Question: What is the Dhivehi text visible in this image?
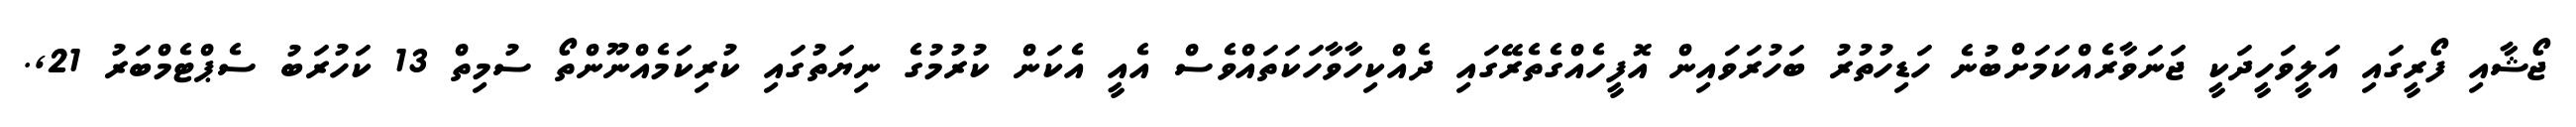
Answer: ޖޯޝާއި ފޯރީގައި އަލީވަހީދަކީ ޖަނަވާރެއްކަމަށްބުނެ ހަޑިހުތުރު ބަހުރަވައިން އޮފީހެއްގެތެރޭގައި ދެއްކިހާވާހަކަތައްވެސް އެއީ އެކަން ކުރުމުގެ ނިޔަތުގައި ކުރިކަމެއްނޫންތޯ ސުމިތް 13 ކަހުރަބު ސެޕްޓެމްބަރު 21,.